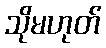
သိုမဟုတ်